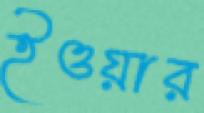
ইওয়ার